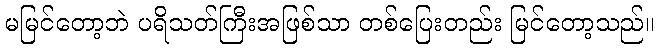
မမြင်တော့ဘဲ ပရိသတ်ကြီးအဖြစ်သာ တစ်ပြေးတည်း မြင်တော့သည်။